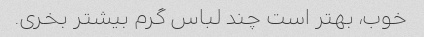
خوب، بهتر است چند لباس گرم بیشتر بخری.